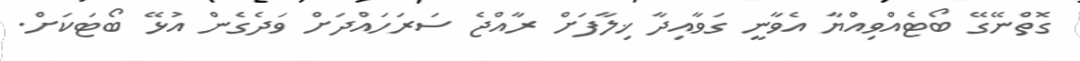
ގޮތްނޭގޭ ބޯޓެއްވިއްުޔާ އެވާނީ ގަވާއިދާ ޚިލާފަށް ރާއްޖެ ސަރަހައްދަށް ވަދެގެން އުޅޭ ބޯޓަކަށް.